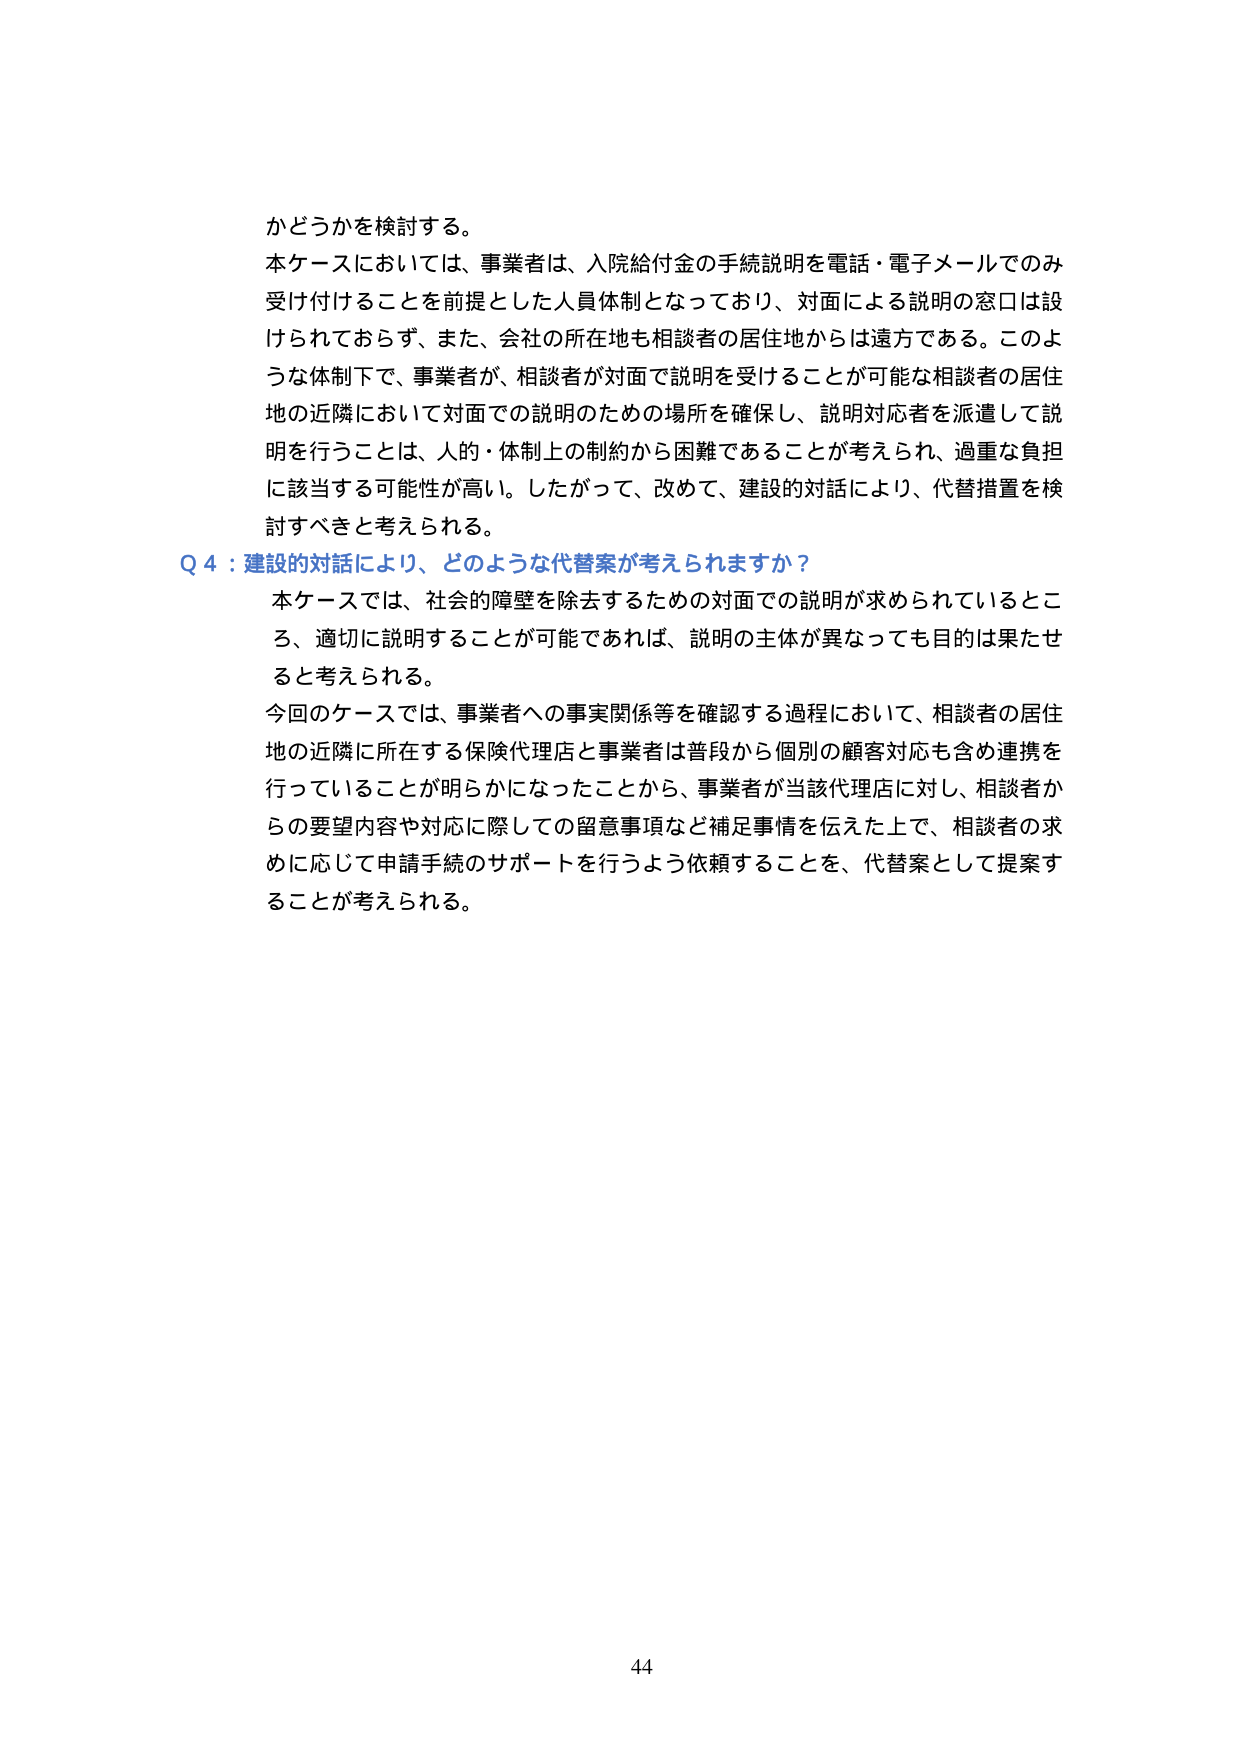
かどうかを検討する。
本ケースにおいては、事業者は、入院給付金の手続説明を電話・電子メールでのみ受け付けることを前提とした人員体制となっており、対面による説明の窓口は設けられておらず、また、会社の所在地も相談者の居住地からは遠方である。このような体制下で、事業者が、相談者が対面で説明を受けることが可能な相談者の居住地の近隣において対面での説明のための場所を確保し、説明対応者を派遣して説明を行うことは、人的・体制上の制約から困難であることが考えられ、過重な負担に該当する可能性が高い。したがって、改めて、建設的対話により、代替措置を検討すべきと考えられる。

Q 4：建設的対話により、どのような代替案が考えられますか？
本ケースでは、社会的障壁を除去するための対面での説明が求められているところ、適切に説明することが可能であれば、説明の主体が異なっても目的は果たせると考えられる。
今回のケースでは、事業者への事実関係等を確認する過程において、相談者の居住地の近隣に所在する保険代理店と事業者は普段から個別の顧客対応も含め連携を行っていることが明らかになったことから、事業者が当該代理店に対し、相談者からの要望内容や対応に際しての留意事項など補足事情を伝えた上で、相談者の求めに応じて申請手続のサポートを行うよう依頼することを、代替案として提案することが考えられる。

44